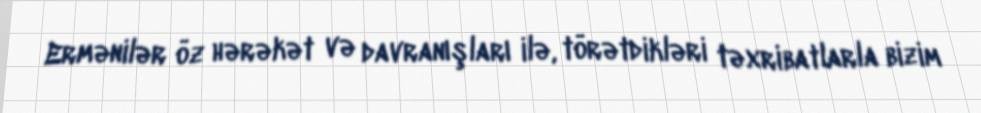
Ermənilər öz hərəkət və davranışları ilə, törətdikləri təxribatlarla bizim